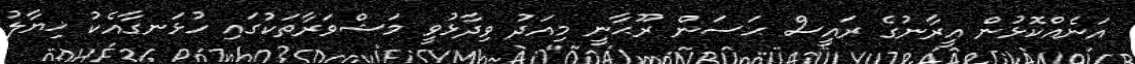
އަނެއްކޮޅުން އީރާނުގެ ރައީސް ޙަސަން ރޫޙާނީ މިއަދު ވިދާޅުވީ މަޝްވަރާތަކުގައި ހުޅަނގާއެކު ޚިޔާލު